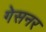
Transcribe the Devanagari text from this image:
गेसनर